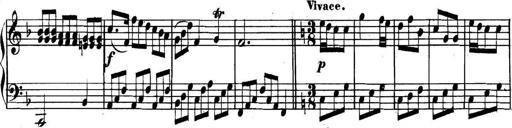
Title: Collected Piano Sonatas
Composer: Muzio Clementi